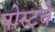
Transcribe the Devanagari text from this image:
पोस्टचे